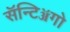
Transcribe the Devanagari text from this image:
सॅन्टिॲगो